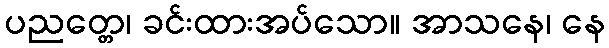
ပညတ္တေ၊ ခင်းထားအပ်သော။ အာသနေ၊ နေ